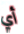
أي